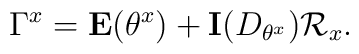
\Gamma^x = \mathbf{E}(\theta^x) +\mathbf{I}(D_{\theta^x})\mathcal{R}_x .